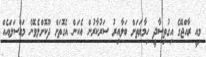
މިއީ ރާއްޖޭގެ އިގުތިސާދީ ހިމާޔަތަށް ބަލާއިރު ސަރުކާރުން އެކަން އެގޮތަށް ދޫކޮށްލެވޭނެ މައްސަލައެއް